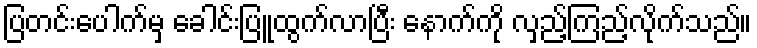
ပြတင်းပေါက်မှ ခေါင်းပြူထွက်လာပြီး နောက်ကို လှည့်ကြည့်လိုက်သည်။